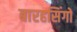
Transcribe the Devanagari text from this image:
बारहसिंगों